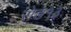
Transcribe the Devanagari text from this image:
रोड१३